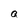
Character: a